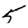
Digit: 5